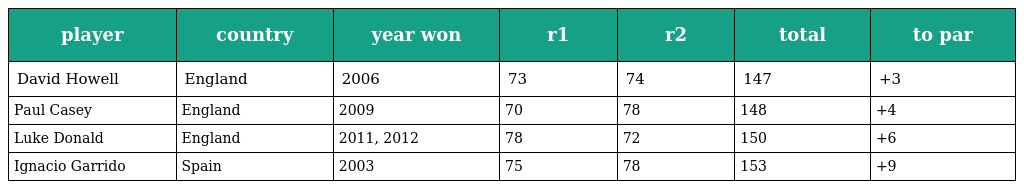
| player | country | year won | r1 | r2 | total | to par |
 | --- | --- | --- | --- | --- | --- | --- |
 | David Howell | England | 2006 | 73 | 74 | 147 | +3 |
 | Paul Casey | England | 2009 | 70 | 78 | 148 | +4 |
 | Luke Donald | England | 2011, 2012 | 78 | 72 | 150 | +6 |
 | Ignacio Garrido | Spain | 2003 | 75 | 78 | 153 | +9 |